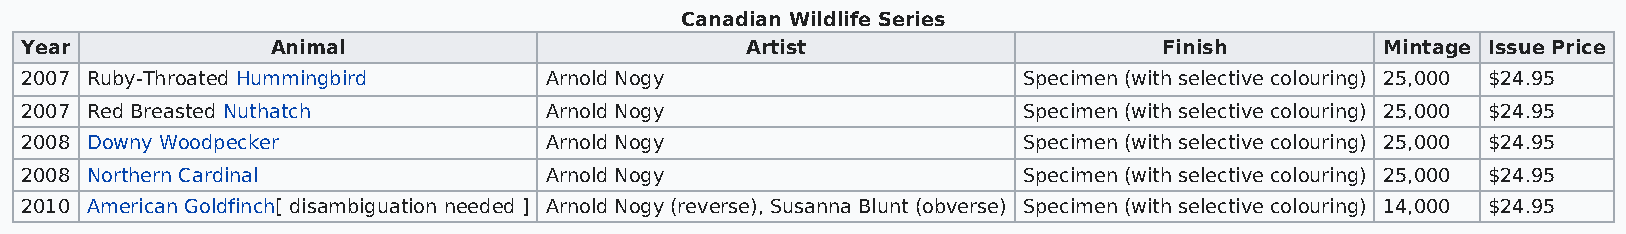
Canadian Wildlife Series
 Year             Animal                         Artist                      Finish         Mintage Issue Price
 2007 Ruby-Throated Hummingbird     Arnold Nogy                     Specimen (with selective colouring) 25,000 $24.95
 2007 Red Breasted Nuthatch         Arnold Nogy                     Specimen (with selective colouring) 25,000 $24.95
 2008 Downy Woodpecker              Arnold Nogy                     Specimen (with selective colouring) 25,000 $24.95
 2008 Northern Cardinal             Arnold Nogy                     Specimen (with selective colouring) 25,000 $24.95
 2010 American Goldfinch[ disambiguation needed ] Arnold Nogy (reverse), Susanna Blunt (obverse) Specimen (with selective colouring) 14,000 $24.95